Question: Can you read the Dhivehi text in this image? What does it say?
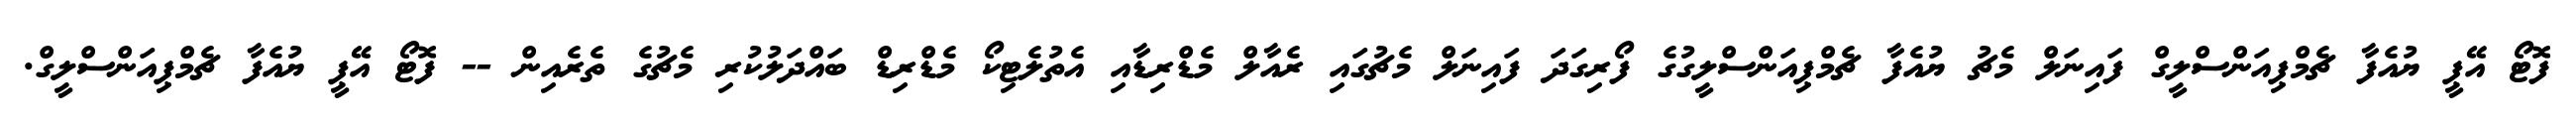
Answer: ފޮޓޯ އޭޕީ ޔުއެފާ ޗެމްޕިއަންސްލީގް ފައިނަލް މެޗު ޔުއެފާ ޗެމްޕިއަންސްލީގުގެ ފޯރިގަދަ ފައިނަލް މެޗުގައި ރެއާލް މެޑްރިޑާއި އެތުލެޓިކޯ މެޑްރިޑް ބައްދަލުކުރި މެޗުގެ ތެރެއިން -- ފޮޓޯ އޭޕީ ޔުއެފާ ޗެމްޕިއަންސްލީގް.